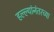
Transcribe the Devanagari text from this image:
हल्ल्यांनंतरच्या